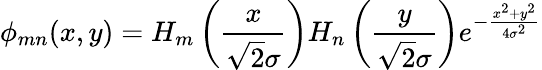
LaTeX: \phi_{mn}(x,y)=H_{m}\left(\frac{x}{\sqrt{2}\sigma}\right)H_{n}\left(\frac{y}{\sqrt{2}\sigma}\right)e^{-\frac{x^{2}+y^{2}}{4\sigma^{2}}}